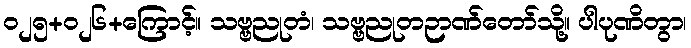
၀၂၅+၀၂၆+ကြောင့်။ သဗ္ဗညုတံ၊ သဗ္ဗညုတဉာဏ်တော်သို့။ ပါပုဏိတွာ၊